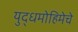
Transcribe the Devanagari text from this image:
युद्धमोहिमेचे